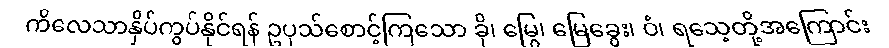
ကိလေသာနှိပ်ကွပ်နိုင်ရန် ဥပုသ်စောင့်ကြသော ခို၊ မြွေ၊ မြေခွေး၊ ဝံ၊ ရသေ့တို့အကြောင်း